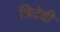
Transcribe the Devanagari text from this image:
त्रिदेवी